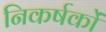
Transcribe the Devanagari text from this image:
निकर्षकों